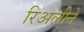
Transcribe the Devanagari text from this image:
रिअलीने